Medical and sanitary report of the native army of Bengal for the year
Year: 1875
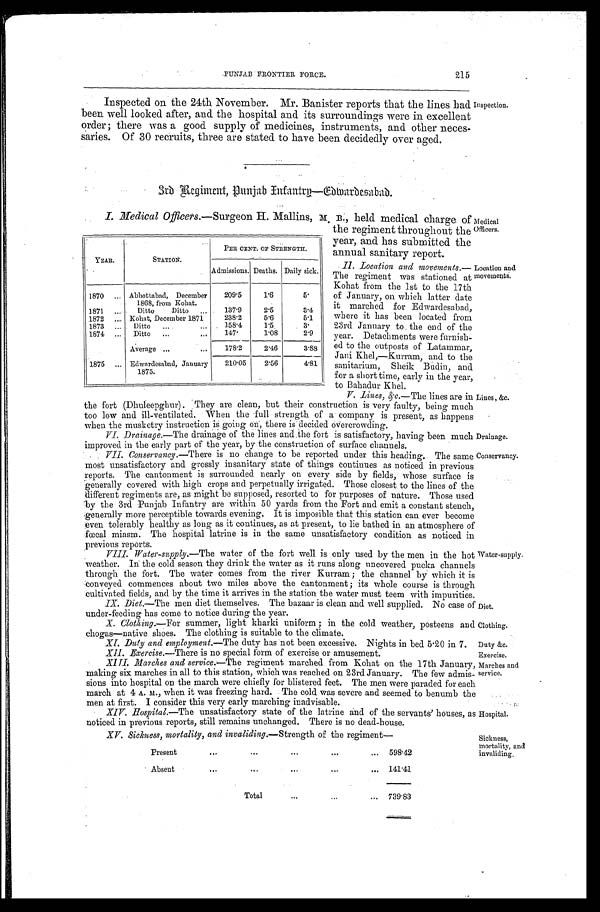
PUNJAB FRONTIER FORCE.
215
Inspected on the 24th November. Mr. Banister reports that the lines had
been well looked after, and the hospital and its surroundings were in excellent
order; there was a good supply of medicines, instruments, and other neces--
saries. Of 30 recruits, three are stated to have been decidedly over aged.
Inspection.
3rd Regiment, Punjab Infantry—Edwardesabad
I. Medical Officers.—Surgeon H. Mallins, M. B., held medical charge of
the regiment throughout the
year, and has submitted the
annual sanitary report.
II. Location and
m o v e m e n t s . —
T h e r e g i m e n t w a s s t a t i o n e d a t
Kohat from the 1st to the 17th
of January, on which latter date
it marched for Edwardesabad,
where it has been located from
23rd January to the end of the
year. Detachments were furnish--
ed to the outposts of Latammar,
Jani Khel,—Kurram, and to the
sanitarium, Sheik Budin, and
for a short time, early in the year,
to Bahadur Khel.
YEAR.
STATION.
PER CENT. OF STRENGTH.
Admissions. Deaths. Daily sick.
1870
Abbottabad, December
1868, from Kohat.
209.5
1.6
5 .
1871
Ditto
Ditto
137.9
2.5
3.4
1872
Kohat, December 1871
238.2
5.6
5.1
1873
Ditto
158.4
1.5
3.
1874
Ditto
147.
1.08
2.9
Average
178.2
2.46
3.88
1875
Edwardesabad, January
1875.
210.05
2.56
4.81
Medical
Officers.
Location and
movements.
V. Lines, &c.—The lines are in
the fort (Dhuleepghur). They are clean, but their construction is very faulty, being much
too low and ill-ventilated. When the full strength of a company is present, as happens
when the musketry instruction is going on, there is decided overcrowding.
VI. Drainage. —The drainage of the lines and the fort is satisfactory, having been much
improved in the early part of the year, by the construction of surface channels.
VII. Conservancy.—There is no change to be reported under this heading. The same
most unsatisfactory and grossly insanitary state of things continues as noticed in previous
reports. The cantonment is surrounded nearly on every side by fields, whose surface is
generally covered with high crops and perpetually irrigated. Those closest to the lines of the
different regiments are, as might be supposed, resorted to for purposes of nature. Those used
by the 3rd Punjab Infantry are within 50 yards from the Fort and emit a constant stench,
generally more perceptible towards evening. It is imposible that this station can ever become
even tolerably healthy as long as it continues, as at present, to lie bathed in an atmosphere of
fœcal miasm. The hospital latrine is in the same unsatisfactory condition as noticed in
previous reports.
VIII. Water-supply.—The water of the fort well is only used by the men in the hot
weather. In the cold season they drink the water as it runs along uncovered pucka channels
through the fort. The water comes from the river Kurram; the channel by which it is
conveyed commences about two miles above the cantonment; its whole course is through
cultivated fields, and by the time it arrives in the station the water must teem with impurities
IX. Diet.—The men diet themselves. The bazaar is clean and well supplied. No case of
under-feeding has come to notice during the year.
X. Clothing.—For summer, light kharki uniform; in the cold weather, posteens and
chogas—native shoes. The clothing is suitable to the climate.
XI. Duty and employment.— The duty has not been excessive. Nights in bed 5.20 in 7.
XII. Exercise.—There is no special form of exercise or amusement.
XIII. Marches and service.— The regiment marched from Kohat on the 17th January,
making six marches in all to this station, which was reached on 23rd January. The few admis
-sions into hospital on the march were chiefly for blistered feet. The men were paraded for each
march at 4 A. M., when it was freezing hard. The cold was severe and seemed to benumb the
men at first. I consider this very early marching inadvisable.
XIV. Hospital.—The unsatisfactory state of the latrine and of the servants' houses, as
noticed in previous reports, still remains unchanged. There is no dead-house.
XV. Sickness, mortality, and invaliding.— Strength of the regiment—
Present
598.42
Absent
141.41
Total
739.83
Lines , &c.
Drainage.
Conservancy.
Water -supply.
Diet.
Clothing.
Duty &c.
Exercise.
Marches and
service.
Hospital.
Sickness,
mortality, and
invaliding.